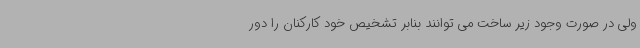
ولی در صورت وجود زیر ساخت می توانند بنابر تشخیص خود کارکنان را دور